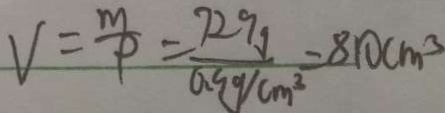
V = \frac { m } { P } = \frac { 7 2 9 g } { 0 . 9 / c m ^ { 3 } } = 8 1 0 c m ^ { 3 }